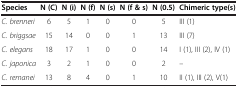
<table><thead><tr><td><b>Species</b></td><td><b>N (C)</b></td><td><b>N (i)</b></td><td><b>N (f)</b></td><td><b>N (s)</b></td><td><b>N (f &amp; s)</b></td><td><b>N (0.5)</b></td><td><b>Chimeric type(s)</b></td></tr></thead><tbody><tr><td><i>C. brenneri</i></td><td>6</td><td>5</td><td>1</td><td>0</td><td>0</td><td>5</td><td>III (1)</td></tr><tr><td><i>C. briggsae</i></td><td>15</td><td>14</td><td>0</td><td>0</td><td>1</td><td>13</td><td>III (7)</td></tr><tr><td><i>C. elegans</i></td><td>18</td><td>17</td><td>1</td><td>0</td><td>0</td><td>14</td><td>I (1), III (2), IV (1)</td></tr><tr><td><i>C. japonica</i></td><td>3</td><td>2</td><td>1</td><td>0</td><td>0</td><td>2</td><td>--</td></tr><tr><td><i>C. remanei</i></td><td>13</td><td>8</td><td>4</td><td>0</td><td>1</td><td>10</td><td>II (1), III (2), V(1)</td></tr></tbody></table>